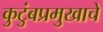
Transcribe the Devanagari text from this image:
कुटुंबप्रमुखाचे